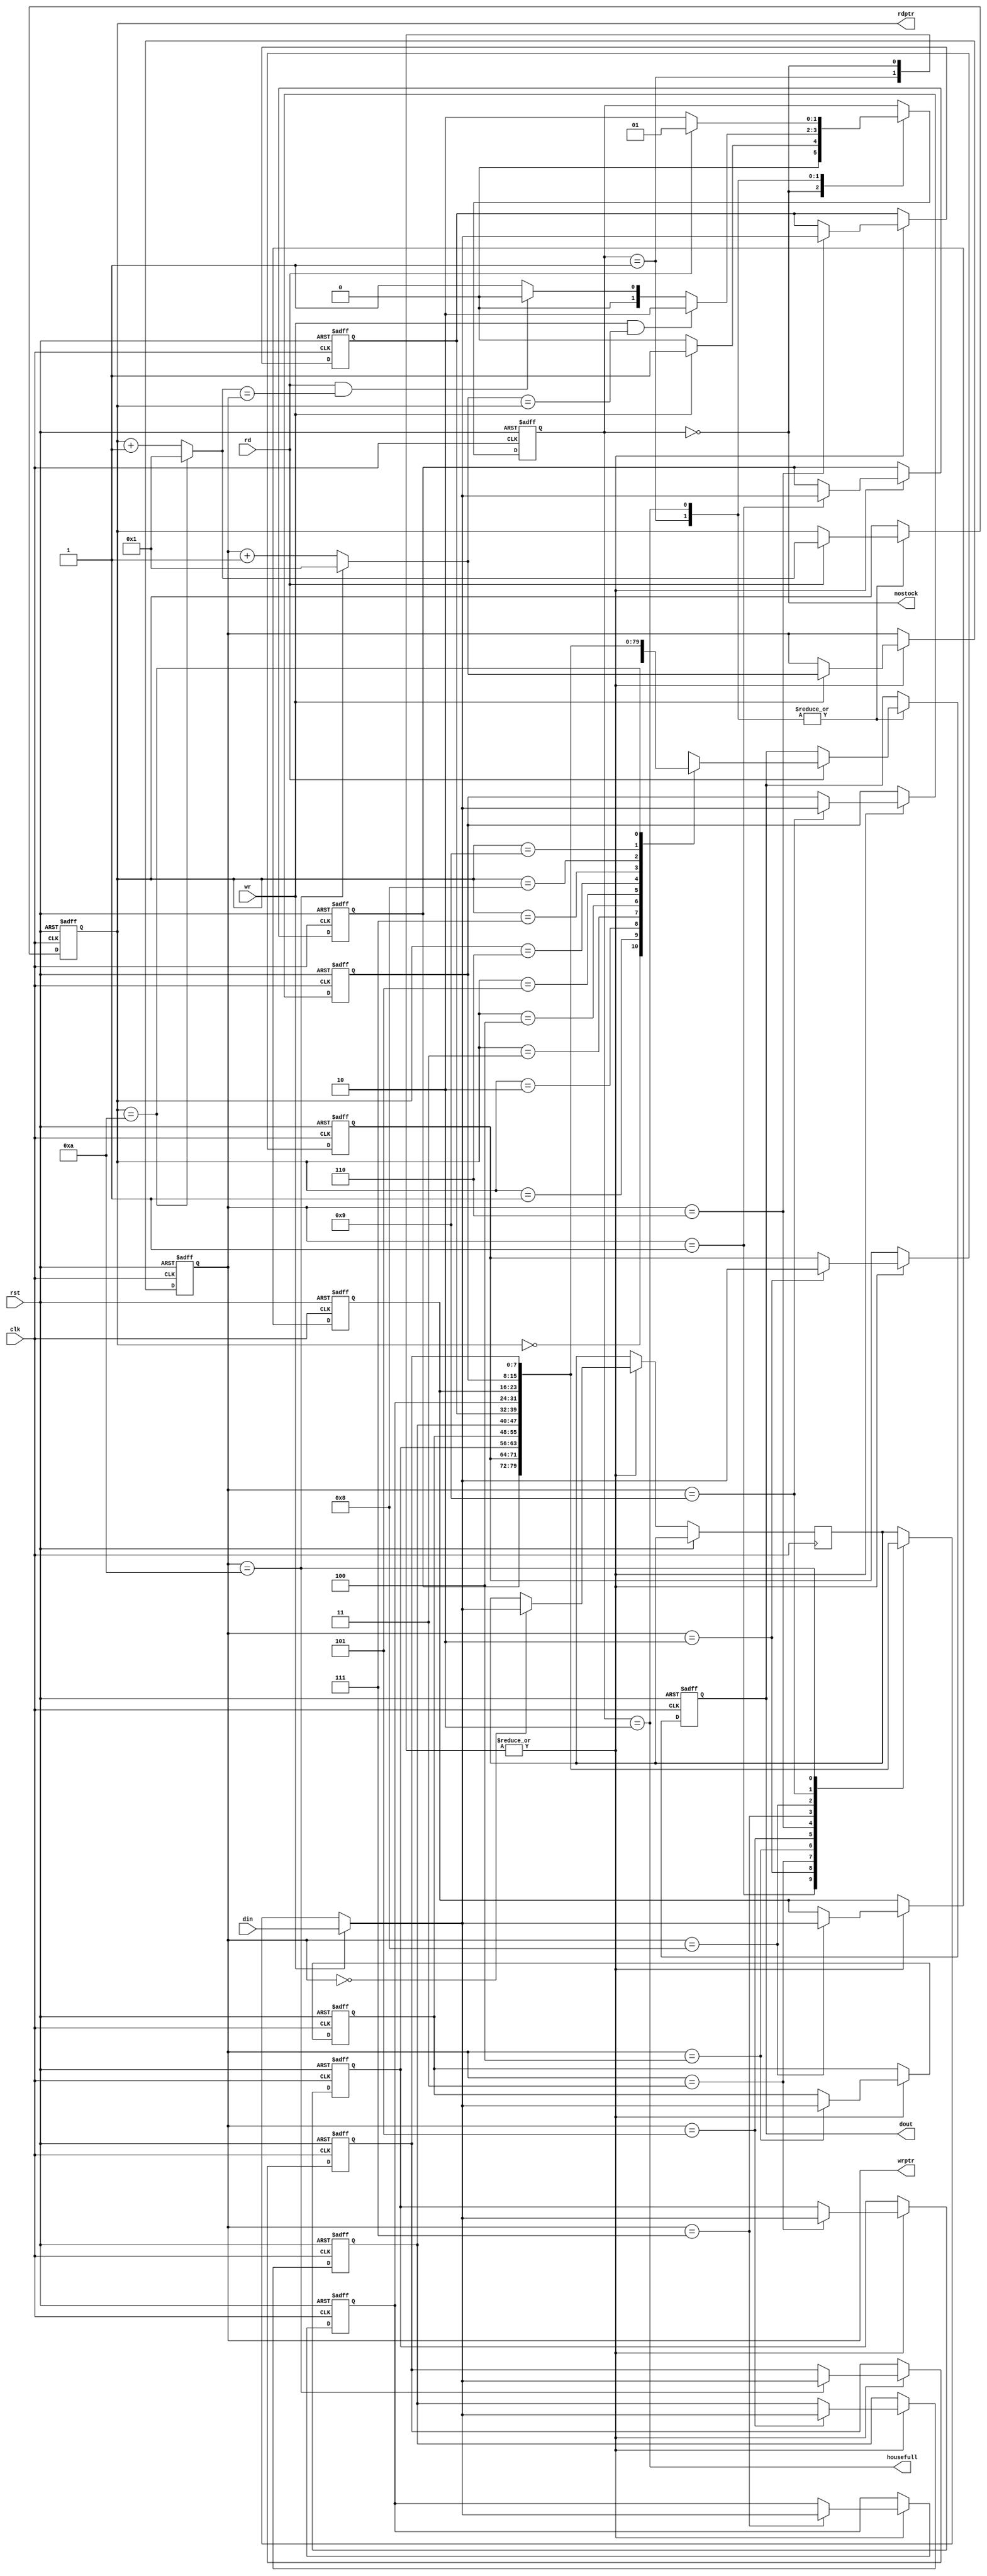
module fifo (clk,rst,wr,rd,wrptr,rdptr,din,dout,housefull,nostock);
input clk,rst,wr,rd;
input [7:0] din;
output [7:0] dout;

output housefull;
output nostock;

output [3:0] wrptr;
output [3:0] rdptr;

wire [3:0] wrptrplus1;
wire [3:0] rdptrplus1;
reg [7:0] dout;

parameter EMP=0,PAR=1,FUL=2;
reg [1:0] state;
reg [3:0] wrptr,rdptr;

wire housefull,nostock;

integer i;

reg [7:0] Box[1:10];

always @ (posedge clk or posedge rst)
begin
     if (rst)
	     for (i=1;i<=10;i=i+1) 
		   Box[i] <=0;
     else 
	 case (state)
	 EMP,PAR: Box[wrptr]<=wr ? din: Box[wrptr];
	 endcase
end

always @ (posedge clk or posedge rst)
begin
   if (rst) dout<=0;
   else 
   case (state)
   PAR,FUL: dout<=rd ? Box[rdptr] : dout;
   endcase
end

always @ (posedge clk or posedge rst)
begin
     if (rst) state<=EMP;
	 else
	 case (state)
	 EMP: state <= wr? PAR: EMP;
	 PAR: if (wr && wrptrplus1==rdptr) state<=FUL;
	      else if (rd && (rdptrplus1==wrptr))
		     state<=EMP;
		  else state<=PAR;
	FUL: state <= rd ? PAR : FUL;
	endcase
end

assign housefull= (state==FUL);
assign nostock = (state==EMP);

always @ (posedge clk or posedge rst)
begin
if (rst) rdptr <=1;
else
    case (state)
	EMP: rdptr <= rdptr;
	PAR,FUL: rdptr<=rd ? rdptrplus1 : rdptr;
	endcase
end

assign wrptrplus1 = (wrptr==10) ? 1: wrptr+1;
assign rdptrplus1 =  (rdptr==10) ? 1: rdptr+1;

always @ (posedge clk or posedge rst)
begin
    if (rst) wrptr <=1;
	else 
	     case (state)
		 EMP,PAR: wrptr <= wr? wrptrplus1 : wrptr;
		 FUL: wrptr<=wrptr;
		 endcase
	end
	
endmodule